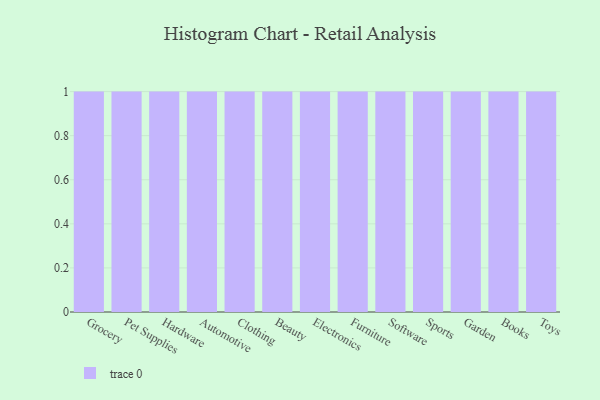
{"axis": {"x": "Category", "y": "Active Users"}, "legend": [""], "data": [{"x": "Grocery", "y": 85, "type": ""}, {"x": "Pet Supplies", "y": 81, "type": ""}, {"x": "Hardware", "y": 25, "type": ""}, {"x": "Automotive", "y": 71, "type": ""}, {"x": "Clothing", "y": 97, "type": ""}, {"x": "Beauty", "y": 45, "type": ""}, {"x": "Electronics", "y": 91, "type": ""}, {"x": "Furniture", "y": 92, "type": ""}, {"x": "Software", "y": 75, "type": ""}, {"x": "Sports", "y": 38, "type": ""}, {"x": "Garden", "y": 13, "type": ""}, {"x": "Books", "y": 81, "type": ""}, {"x": "Toys", "y": 54, "type": ""}]}